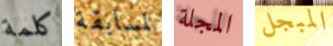
كلمة لمسابقة المجلة المبجل